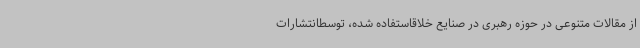
از مقالات متنوعی در حوزه رهبری در صنایع خلاقاستفاده شده، توسطانتشارات